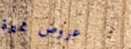
عروض مميزة